Scientific memoirs by medical officers of the Army of India - Part IV,
Year: 1889
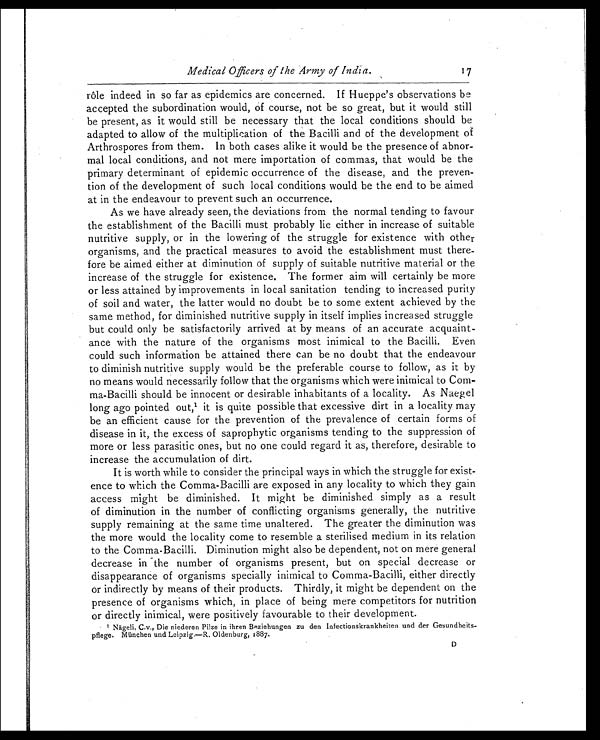
Medical Officers of the Army of India.
17
rôle indeed in so far as epidemics are concerned. If Hueppe's observations be
accepted the subordination would, of course, not be so great, but it would still
be present, as it would still be necessary that the local conditions should be
adapted to allow of the multiplication of the Bacilli and of the development of
Arthrospores from them. In both cases alike it would be the presence of abnor-
mal local conditions, and not mere importation of commas, that would be the
primary determinant of epidemic occurrence of the disease, and the preven-
tion of the development of such local conditions would be the end to be aimed
at in the endeavour to prevent such an occurrence.
As we have already seen, the deviations from the normal tending to favour
the establishment of the Bacilli must probably lie either in increase of suitable
nutritive supply, or in the lowering of the struggle for existence with other
organisms, and the practical measures to avoid the establishment must there-
fore be aimed either at diminution of supply of suitable nutritive material or the
increase of the struggle for existence. The former aim will certainly be more
or less attained by improvements in local sanitation tending to increased purity
of soil and water, the latter would no doubt be to some extent achieved by the
same method, for diminished nutritive supply in itself implies increased struggle
but could only be satisfactorily arrived at by means of an accurate acquaint-
ance with the nature of the organisms most inimical to the Bacilli. Even
could such information be attained there can be no doubt that the endeavour
to diminish nutritive supply would be the preferable course to follow, as it by
no means would necessarily follow that the organisms which were inimical to Com-
ma-Bacilli should be innocent or desirable inhabitants of a locality. As Naegel
long ago pointed out, 1 i t i s q u i t e p o s s i b l e t h a t e x c e s s i v e d i r t i n a l o c a l i t y m a y
be an efficient cause for the prevention of the prevalence of certain forms of
disease in it, the excess of saprophytic organisms tending to the suppression of
more or less parasitic ones, but no one could regard it as, therefore, desirable to
increase the accumulation of dirt.
It is worth while to consider the principal ways in which the struggle for exist-
ence to which the Comma-Bacilli are exposed in any locality to which they gain
access might be diminished. It might be diminished simply as a result
of diminution in the number of conflicting organisms generally, the nutritive
supply remaining at the same time unaltered. The greater the diminution was
the more would the locality come to resemble a sterilised medium in its relation
to the Comma-Bacilli. Diminution might also be dependent, not on mere general
decrease in the number of organisms present, but on special decrease or
disappearance of organisms specially inimical to Comma-Bacilli, either directly
or indirectly by means of their products. Thirdly, it might be dependent on the
presence of organisms which, in place of being mere competitors for nutrition
or directly inimical, were positively favourable to their development.
1 Nägeli, C.v., Die niederen Pilze in ihren Beziehungen zu den Infectionskrankheiten und der Gesundheits-
pflege. München und Leipzig—R. Oldenburg, 1887.